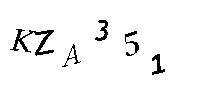
KZA351